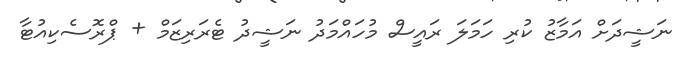
ނަޝީދަށް އަމާޒު ކުރި ހަމަލަ ރައީސް މުހައްމަދު ނަޝީދު ޓެރަރިޒަމް + ޕްރޮސެކިއުޓާ